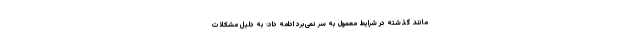
مانند گذشته در شرایط معمول به سر نمی‌برد ادامه داد: به دلیل مشکلات